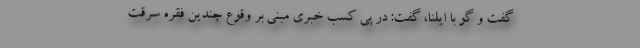
گفت و گو با ایلنا، گفت: در پی کسب خبری مبنی بر وقوع چندین فقره سرقت